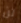
لن